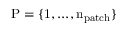
\mathrm { { P } = \{ 1 , . . . , n _ { \mathrm { { p a t c h } } } \} }